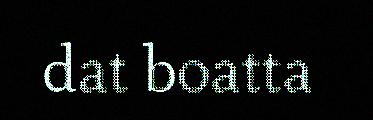
dat boatta